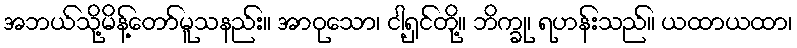
အဘယ်သို့မိန့်တော်မူသနည်း။ အာဝုသော၊ ငါ့ရှင်တို့။ ဘိက္ခု၊ ရဟန်းသည်။ ယထာယထာ၊